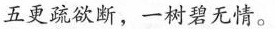
五更疏欲断，一树碧无情。